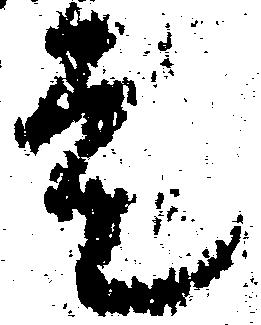
走